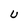
Character: U